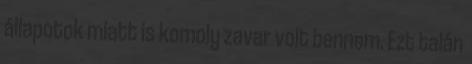
állapotok miatt is komoly zavar volt bennem. Ezt talán